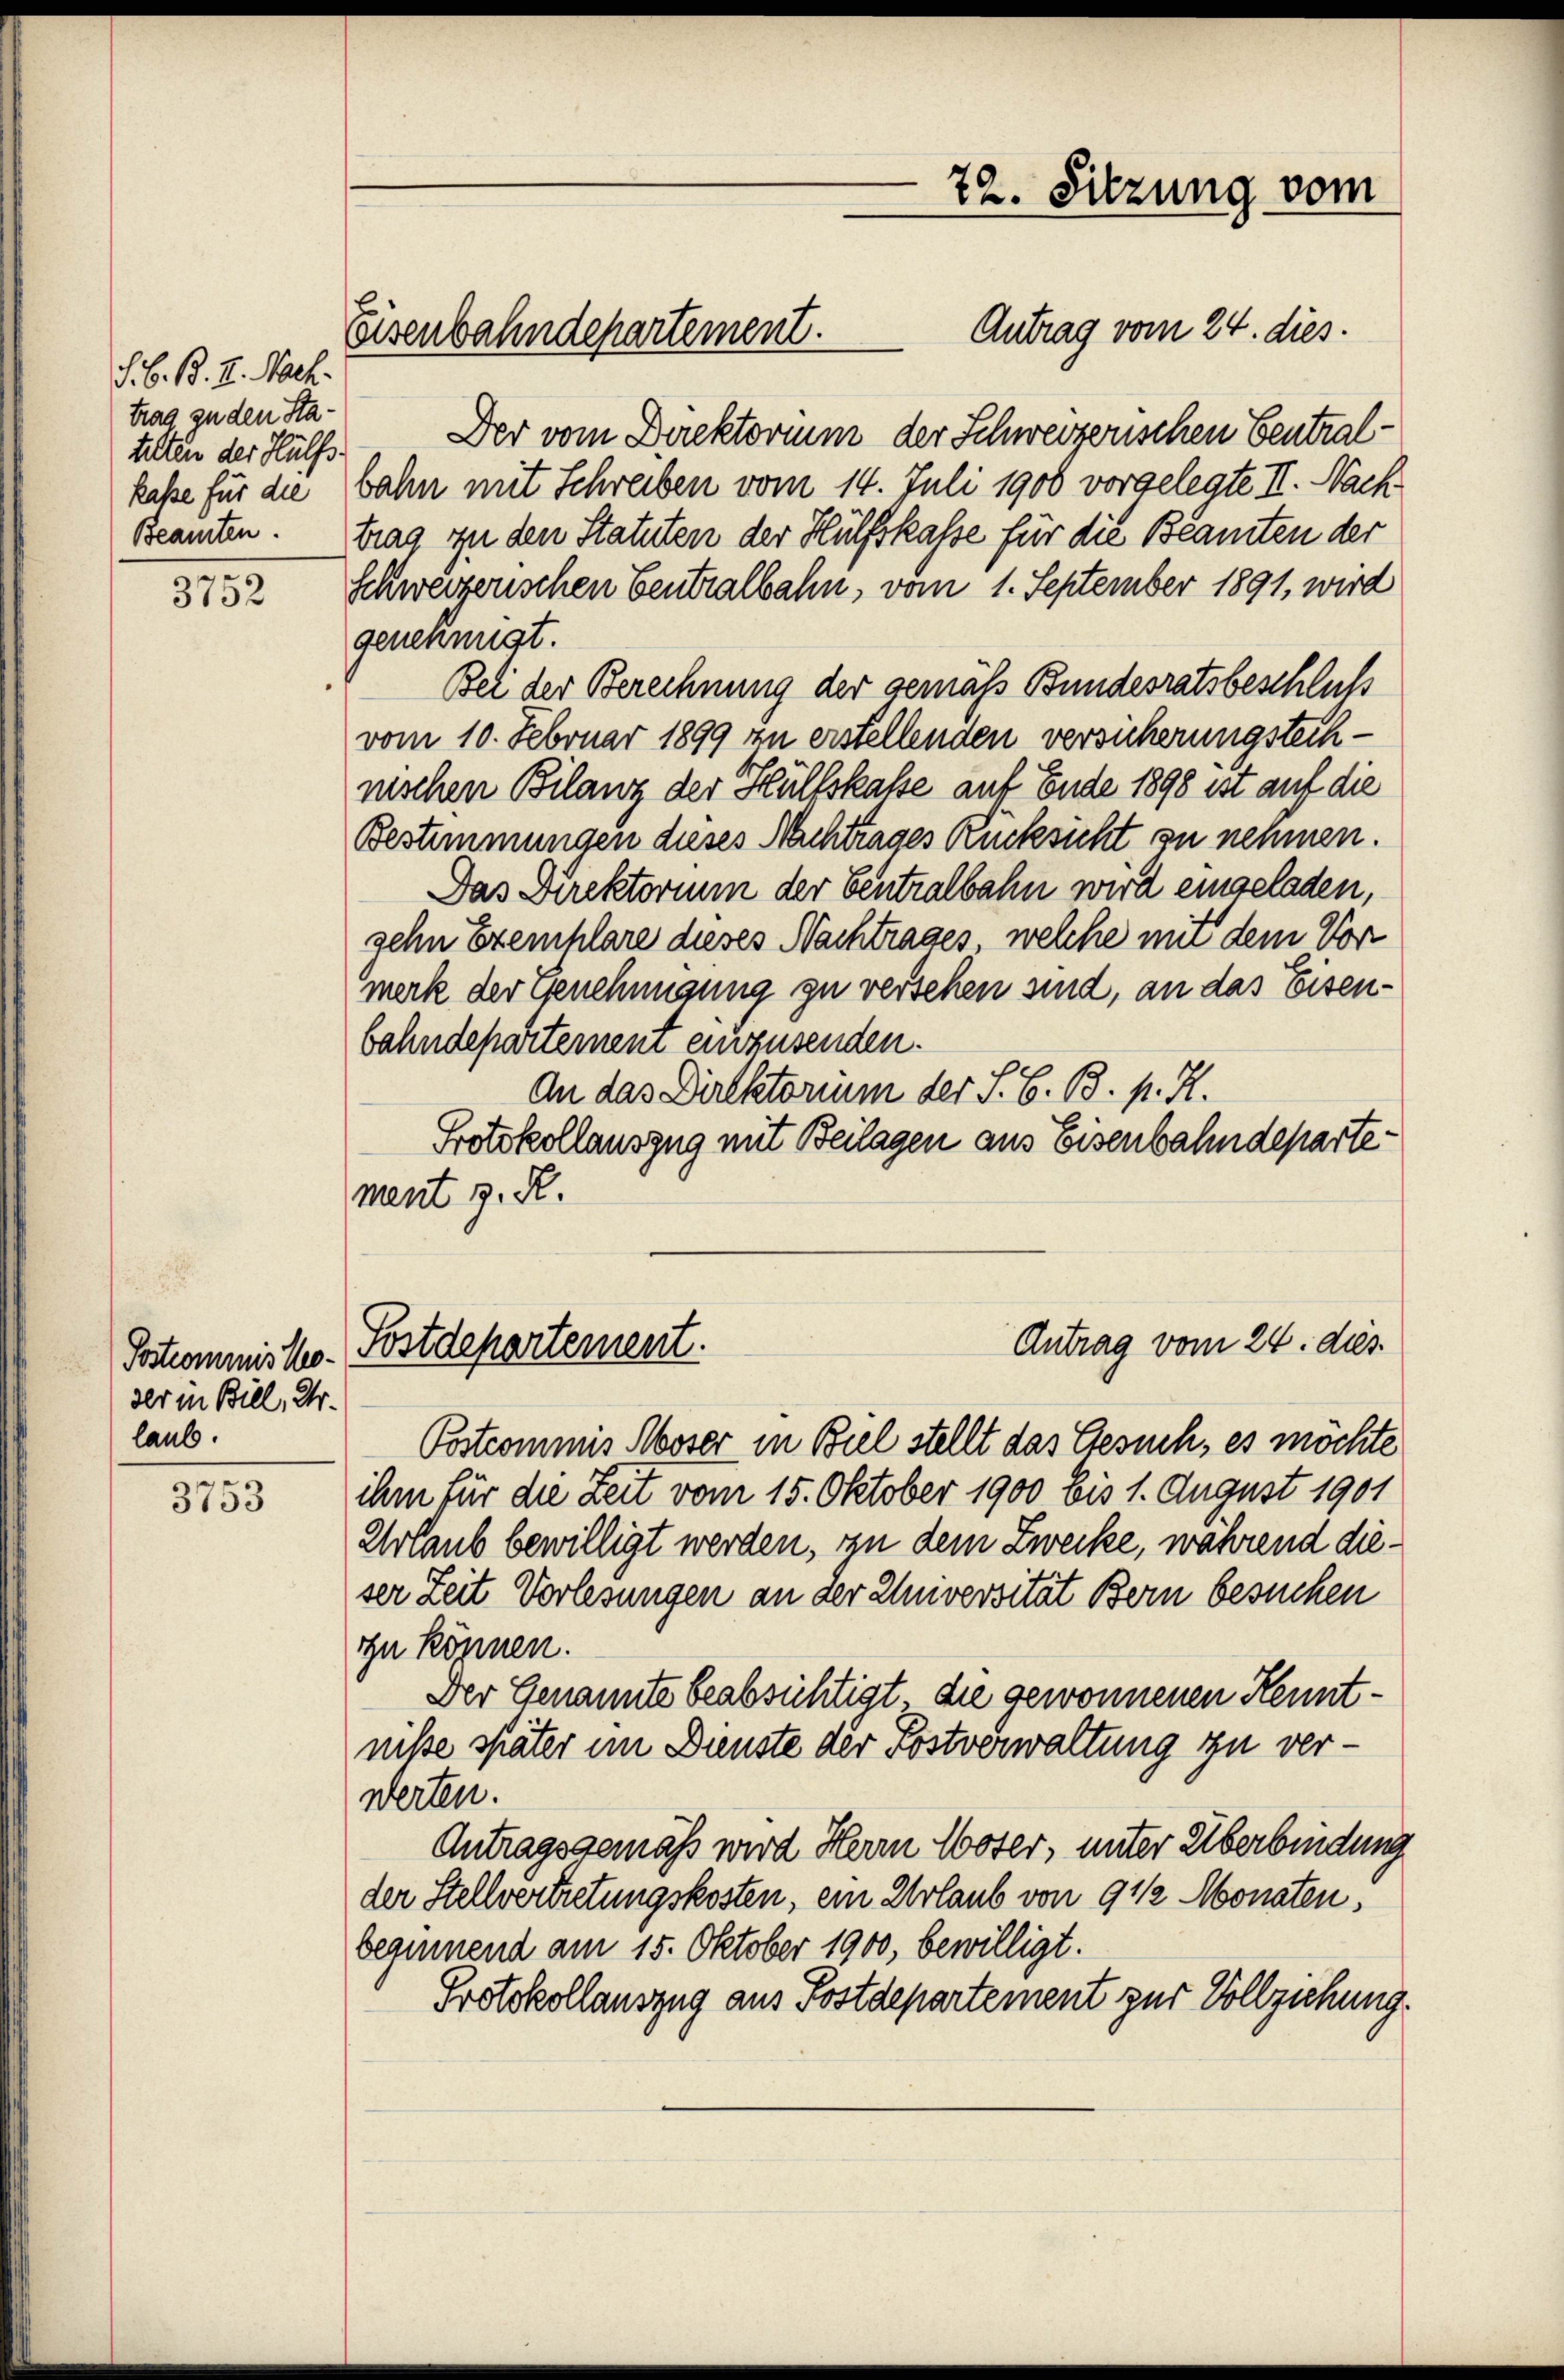
S. B. B. I. Nach
trag zu den Statelten der Hülfs

3752

der in Bill, Ur-
laub.

3753

Antrag vom 24. dies.
Der vom Direktorium der Schweizerischen Centralkaße für die Wahn mit Schreiben vom 14. Juli 1900 vorgelegte II. Nach
Beamten. trag zu den Statuten der Hülfskasse für die Beamten der
schweizerischen Centralbahn, vom 1. September 1891, wird
genehmigt.
Bei der Berechnung der gemäss Bundesratsbeschluss
vom 10. Februar 1899 zu erstellenden versicherungstechnischen Bilanz der Hülfskasse auf Ende 1898 ist auf die
Bestimmungen dieses Nachtrages Rücksicht zu nehmen.
Das Direktorium der Centralbahn wird eingeladen,
gehn Exemplare dieses Nachtrages, welche mit dem Vor
merk der Genehmigung zu versehen sind, an das Eisenbahndepartement einzusenden.
An das Direktorium der S. G. B. p. H.
Protokollauszug mit Beilagen aus Eisenbahndepartement z. R.

Eisenbahndepartement.

Postcommisko. Postdepartement.

72. Sitzung vom

Postcommis Moser in Biel stellt das Gesuch, es möchte
ihm für die Zeit vom 15. Oktober 1900 bis 1. August 1901
Urlaub bewilligt werden, an dem Zwecke, während dieser Zeit Vorlesungen an der Universität Bern besuchen
zu können.
Der Genannte beabsichtigt, die gewonnenen Kenntniße später im Dienste der Postverwaltung zu verwerten.
Antragsgemäß wird Herrn Woser, unter Überbindung
der Stellvertretungskosten, ein Urlaub von 9 1/2 Monaten,
beginnend am 15. Oktober 1900, bewilligt.
Protokollauszug aus Postdepartement zur Vollziehung.

Antrag vom 24. dies